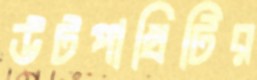
উটপাখিটির